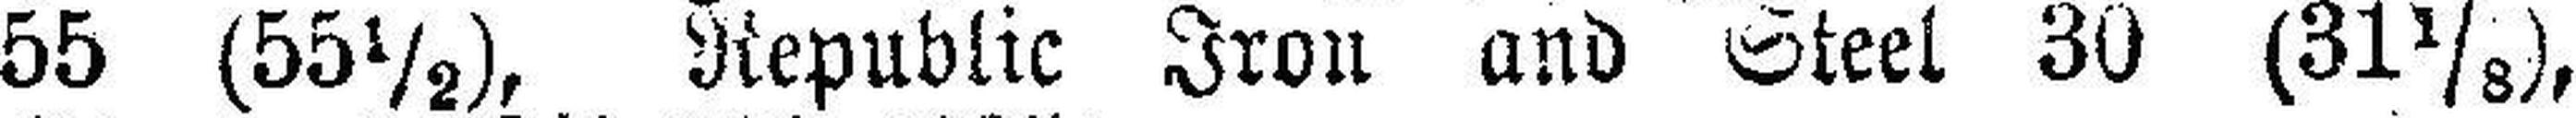
55 (55½), Republic Iron and Steel 30 (31⅛),